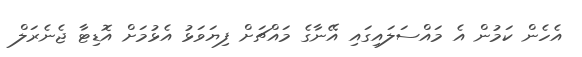
އެހެން ކަމުން އެ މައްސަލައިގައި އޭނާގެ މައްޗަށް ފިޔަވަޅު އެޅުމަށް އޮޑިޓާ ޖެނެރަލް